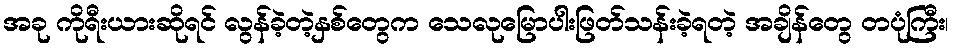
အခု ကိုရီးယားဆိုရင် လွန်ခဲ့တဲ့နှစ်တွေက သေလုမြောပါးဖြတ်သန်းခဲ့ရတဲ့ အချိန်တွေ တပုံကြီး၊